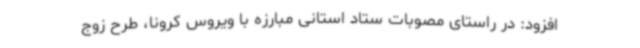
افزود: در راستای مصوبات ستاد استانی مبارزه با ویروس کرونا، طرح زوج